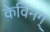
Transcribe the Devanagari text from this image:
केविनग्